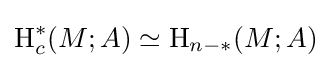
\operatorname {H} _{c}^{*}(M;A)\simeq \operatorname {H} _{n-*}(M;A)